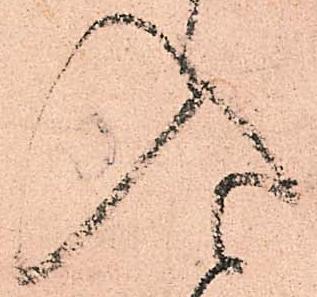
入